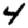
Digit: 4